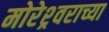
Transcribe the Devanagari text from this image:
मोरेश्र्वराच्या